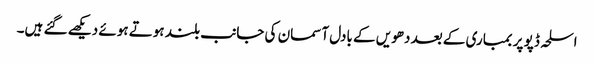
اسلحہ ڈپو پر بمباری کے بعد دھویں کے بادل آسمان کی جانب بلند ہوتے ہوئے دیکھے گئے ہیں۔